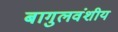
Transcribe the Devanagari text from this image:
बागुलवंशीय